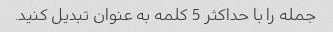
جمله را با حداکثر 5 کلمه به عنوان تبدیل کنید.